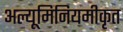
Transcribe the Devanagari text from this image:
अल्यूमिनियमीकृत